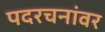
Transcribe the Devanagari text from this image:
पदरचनांवर